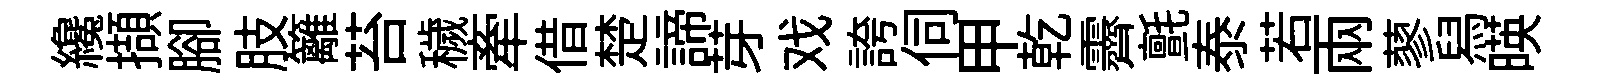
纔擷腳肢籬苔穢牽借楚諦芽戏誇伺甲乾霽氈泰若兩蓼舄暎